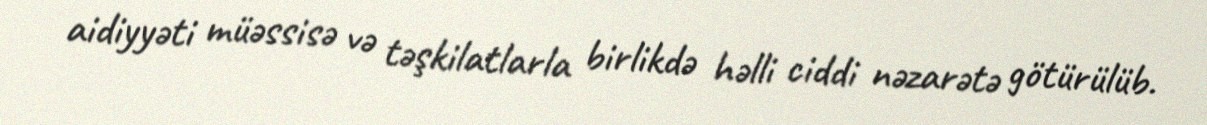
aidiyyəti müəssisə və təşkilatlarla birlikdə həlli ciddi nəzarətə götürülüb.